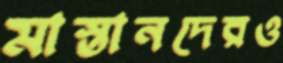
মাস্তানদেরও